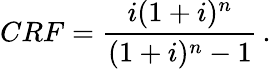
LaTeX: CRF=\frac{i(1+i)^{n}}{(1+i)^{n}-1}\, .